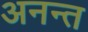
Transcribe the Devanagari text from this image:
अनन्‍त